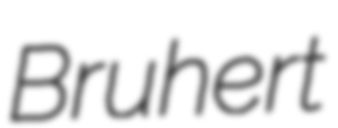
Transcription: Bruhert